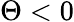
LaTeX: \Theta<0